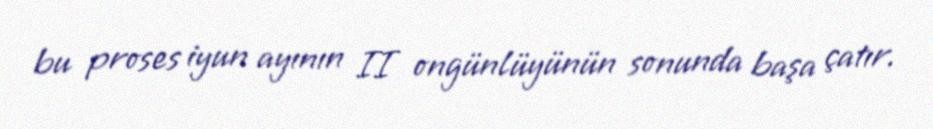
bu proses iyun ayının II ongünlüyünün sonunda başa çatır.